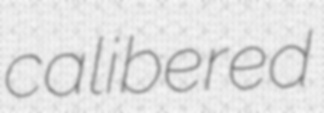
calibered